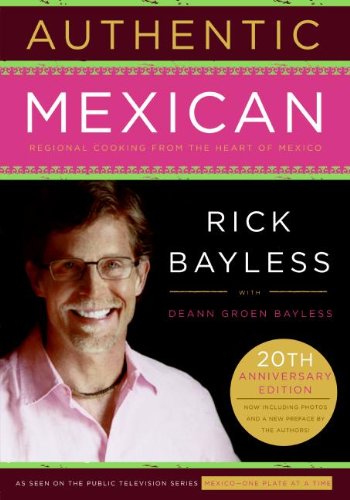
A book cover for Authentic Mexican 20th Anniversary Ed: Regional Cooking from the Heart of Mexico; Rick Bayless; Cookbooks, Food & Wine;